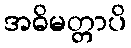
အဓိမတ္တာပိ